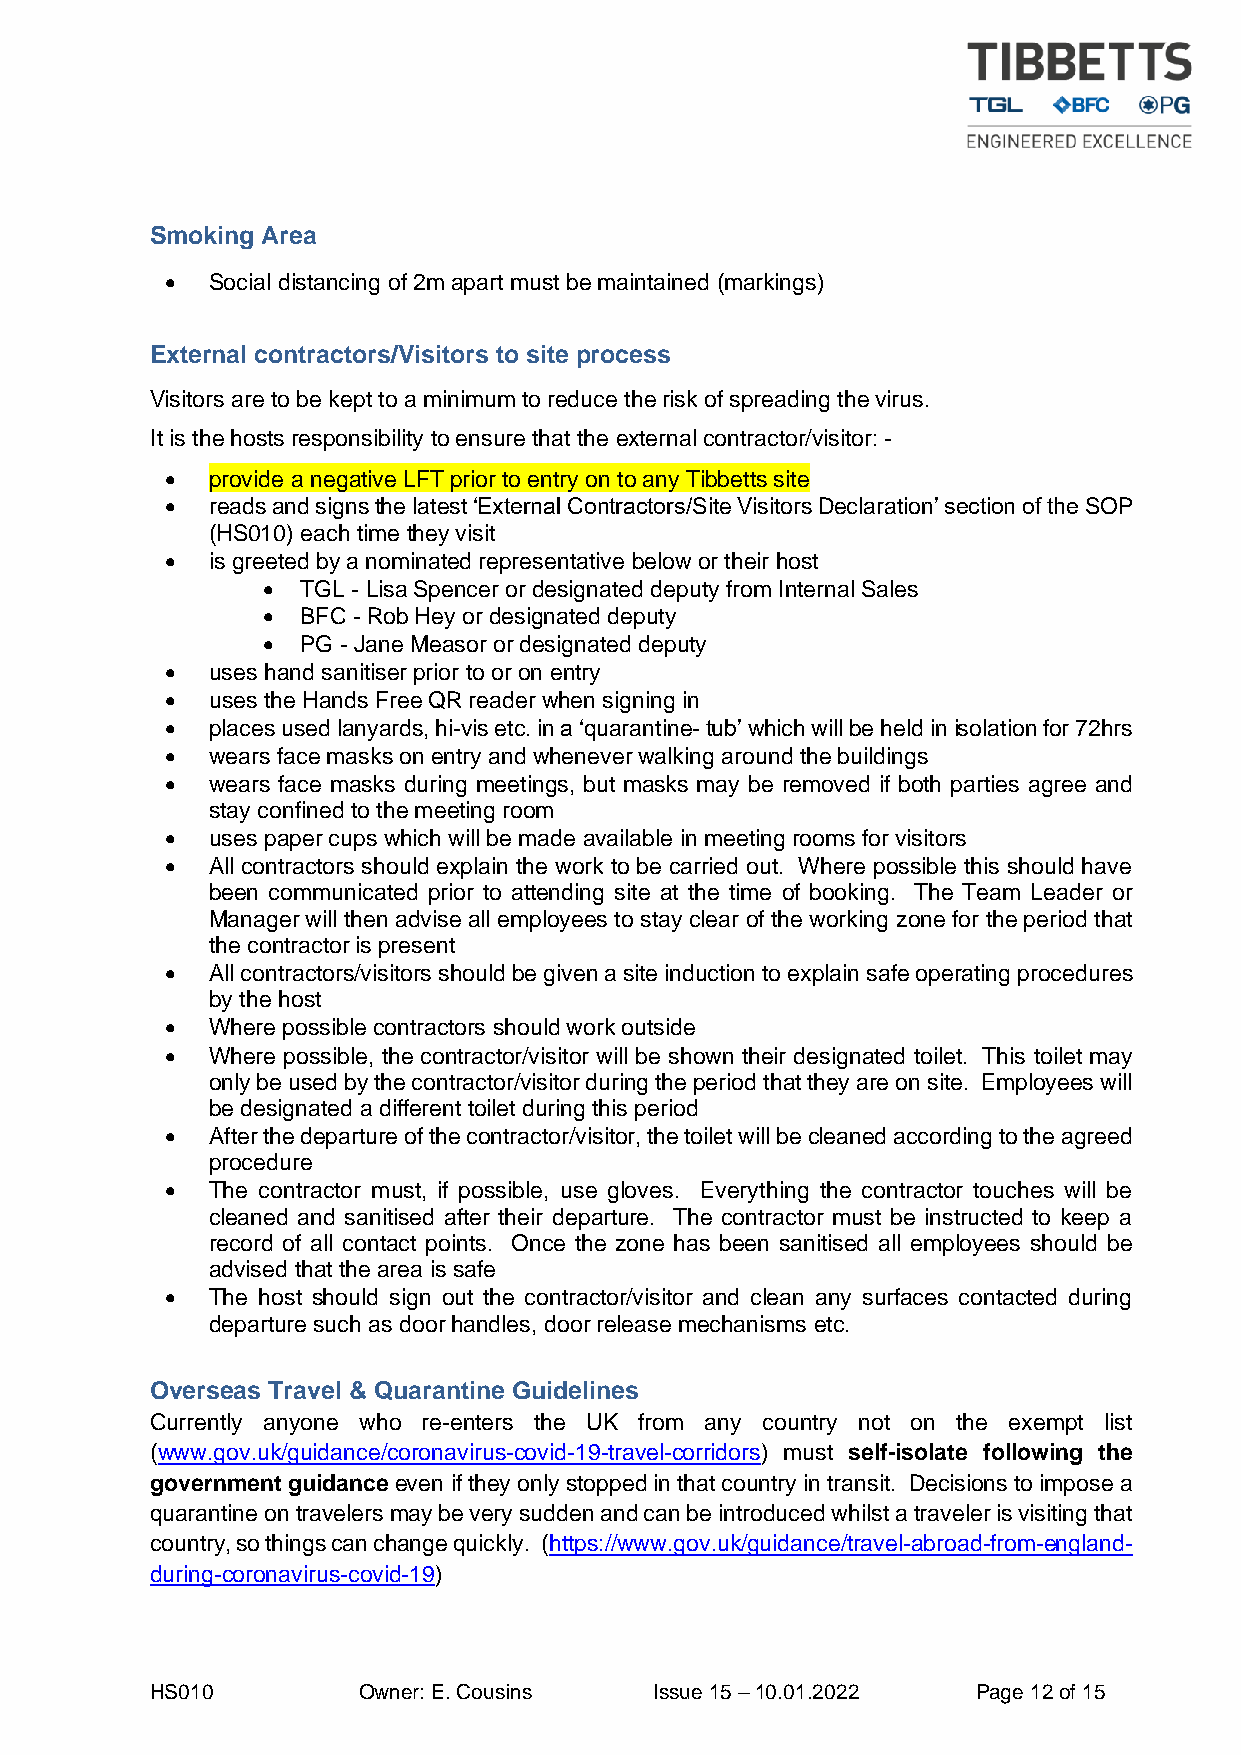
Smoking Area
 •  Social distancing of 2m apart must be maintained (markings)
 External contractors/Visitors to site process
 Visitors are to be kept to a minimum to reduce the risk of spreading the virus.
 It is the hosts responsibility to ensure that the external contractor/visitor: -
 •  provide a negative LFT prior to entry on to any Tibbetts site
 •  reads and signs the latest ‘External Contractors/Site Visitors Declaration’ section of the SOP
 (HS010) each time they visit
 •  is greeted by a nominated representative below or their host
 •  TGL - Lisa Spencer or designated deputy from Internal Sales
 •  BFC - Rob Hey or designated deputy
 •  PG - Jane Measor or designated deputy
 •  uses hand sanitiser prior to or on entry
 •  uses the Hands Free QR reader when signing in
 •  places used lanyards, hi-vis etc. in a ‘quarantine- tub’ which will be held in isolation for 72hrs
 •  wears face masks on entry and whenever walking around the buildings
 •  wears face masks during meetings, but masks may be removed if both parties agree and
 stay confined to the meeting room
 •  uses paper cups which will be made available in meeting rooms for visitors
 •  All contractors should explain the work to be carried out. Where possible this should have
 been communicated prior to attending site at the time of booking. The Team Leader or
 Manager will then advise all employees to stay clear of the working zone for the period that
 the contractor is present
 •  All contractors/visitors should be given a site induction to explain safe operating procedures
 by the host
 •  Where possible contractors should work outside
 •  Where possible, the contractor/visitor will be shown their designated toilet. This toilet may
 only be used by the contractor/visitor during the period that they are on site. Employees will
 be designated a different toilet during this period
 •  After the departure of the contractor/visitor, the toilet will be cleaned according to the agreed
 procedure
 •  The contractor must, if possible, use gloves. Everything the contractor touches will be
 cleaned and sanitised after their departure. The contractor must be instructed to keep a
 record of all contact points. Once the zone has been sanitised all employees should be
 advised that the area is safe
 •  The host should sign out the contractor/visitor and clean any surfaces contacted during
 departure such as door handles, door release mechanisms etc.
 Overseas Travel & Quarantine Guidelines
 Currently anyone who re-enters the UK from any country not on the exempt list
 (www.gov.uk/guidance/coronavirus-covid-19-travel-corridors) must self-isolate following the
 government guidance even if they only stopped in that country in transit. Decisions to impose a
 quarantine on travelers may be very sudden and can be introduced whilst a traveler is visiting that
 country, so things can change quickly. (https://www.gov.uk/guidance/travel-abroad-from-england-
 during-coronavirus-covid-19)
 HS010         Owner: E. Cousins  Issue 15 – 10.01.2022 Page 12 of 15